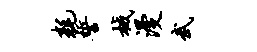
耗誓械漫武